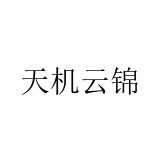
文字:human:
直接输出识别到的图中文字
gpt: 天机云锦